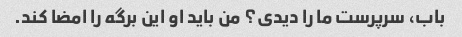
باب، سرپرست ما را دیدی؟ من باید او این برگه را امضا کند.